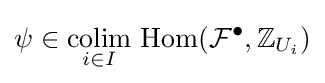
\psi \in {\underset {i\in I}{\text{colim}}}{\text{ Hom}}({\mathcal {F}}^{\bullet },\mathbb {Z} _{U_{i}})